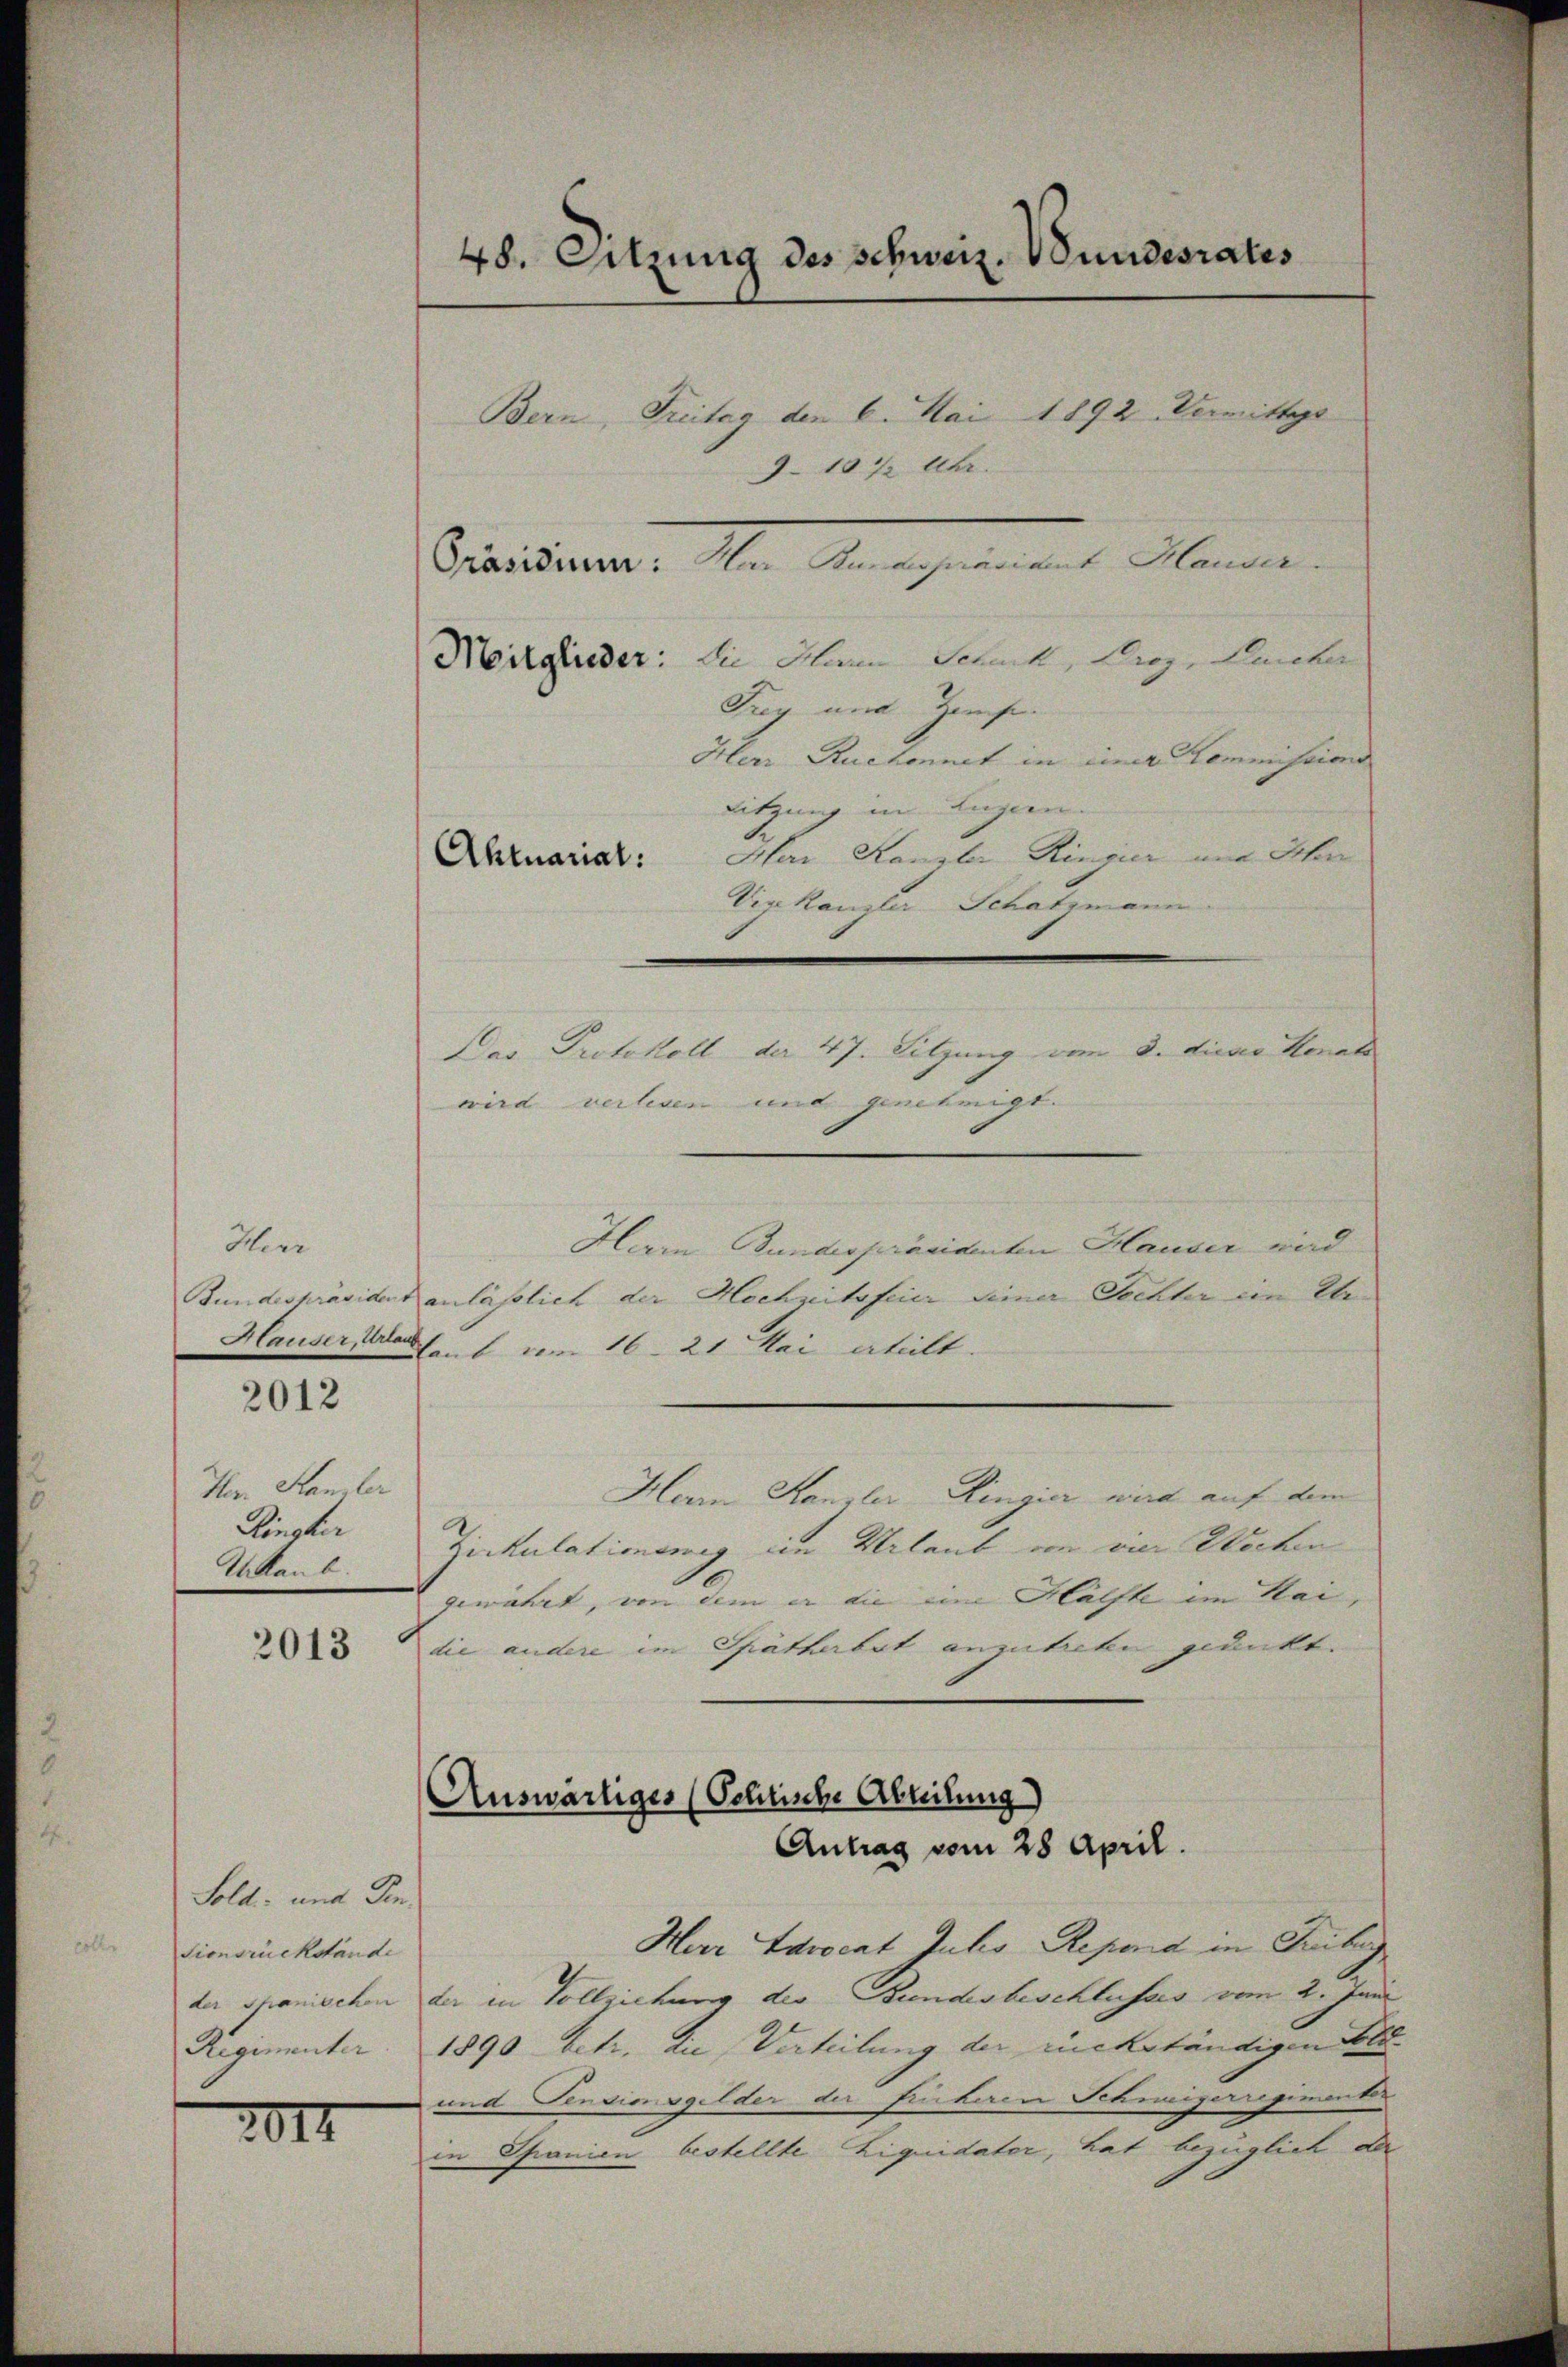
Heer
Bundespräsident
Hlauser, Urlau

2012

Her Kanzler
Rinsher
A Kaub.

2013

Sold- und den
sionsrückstände
Regimenter

2017

48. Sitzung des schweiz. Wundesrates
Bern, Freitag den 6. Mai 1892. Demitte
9 1872 Uhr.
Präsiden: Har Bundespräsident Hauser

Mitglieder: die Harm Schnik, Graz, Leicher
Frey und Zinse
Herr Ruchonnet in einer Commissions
Sitzung in Luzern- |
Aktuariat: Har Kanzler Ringier und Schen
Vige Kanzler Schatzmann.
wird verlesen und genehmigt. |
Herrn Bundespräsidenten Hauser wird
anlässlich der Hochzeitsfeier seiner Sechter im Ele-
laub vom 16. 21. Mai erteilt.
Herrn Kanzler Ringier wird auf dem
Zickulationumig im Urlaub von die Wochen
gewährt, von dem er die eine Hälfte im Mai,
die andere im Spätherbet anzutreten gedeckt.

Das Protokoll der 47. Sitzung vom 3. diese Honal

Auswärtiges (Schlische Abteilung)

Har Advocat Julis Repend in Freiber
der Schanischen der in Vollziehung der Bundesbeschlusses vom 2. Juni
1890 betr. die Verteilung der ruckständigen Felde |
und Sentionsgelder der Finkeren Schweizerregimenter
in Spanien bestellte Liquidater, hat bezüglich der